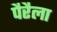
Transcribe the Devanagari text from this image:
पैरैला